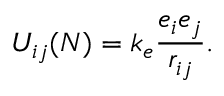
U _ { i j } ( N ) = k _ { e } { \frac { e _ { i } e _ { j } } { r _ { i j } } } .